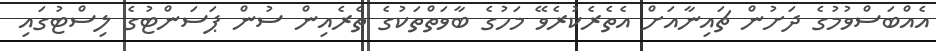
އެއްބަސްވުމުގެ ދަށުން ޗައިނާއަށް އެތެރެކުރެވޭ މަހުގެ ބާވަތްތަކުގެ ތެރެއިން ސުން ޕަސަންޓުގެ ލިސްޓުގައި